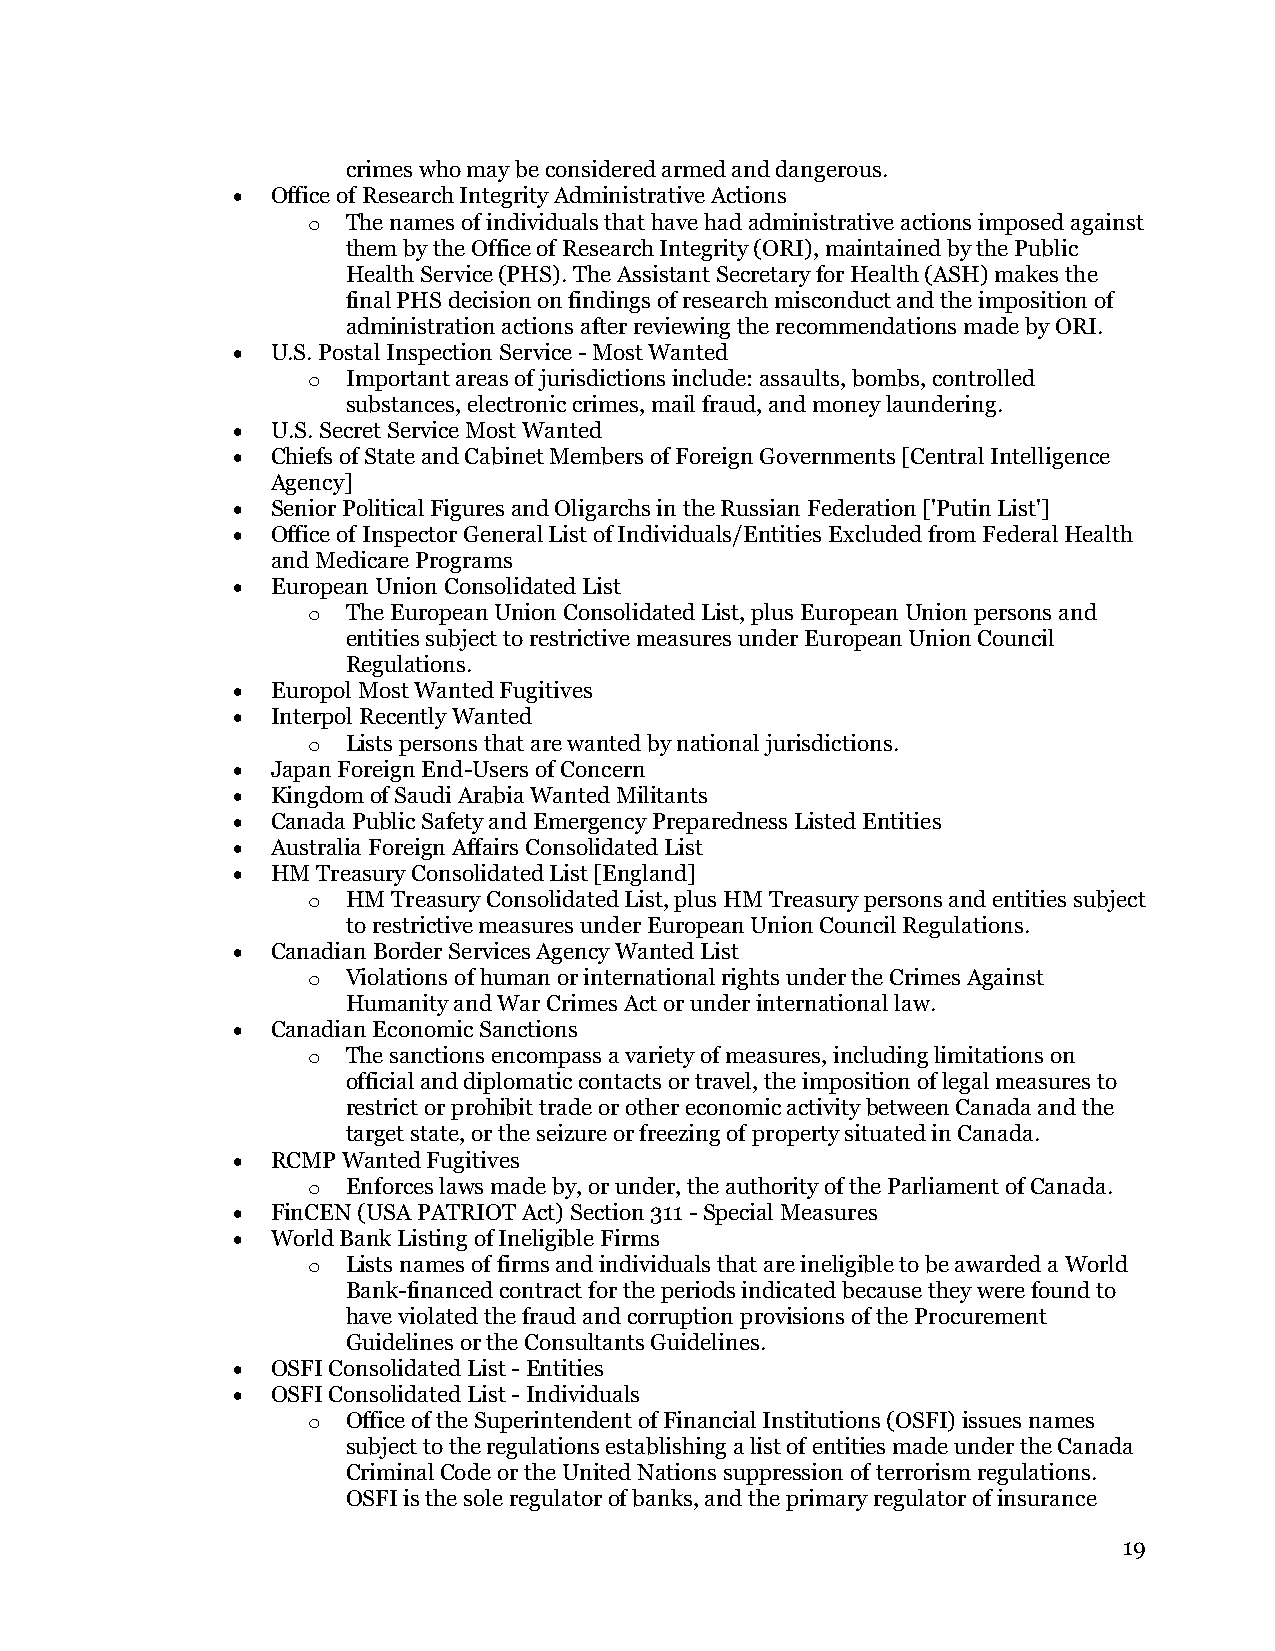
crimes who may be considered armed and dangerous.
 •  Office of Research Integrity Administrative Actions
 o  The names of individuals that have had administrative actions imposed against
 them by the Office of Research Integrity (ORI), maintained by the Public
 Health Service (PHS). The Assistant Secretary for Health (ASH) makes the
 final PHS decision on findings of research misconduct and the imposition of
 administration actions after reviewing the recommendations made by ORI.
 •  U.S. Postal Inspection Service - Most Wanted
 o  Important areas of jurisdictions include: assaults, bombs, controlled
 substances, electronic crimes, mail fraud, and money laundering.
 •  U.S. Secret Service Most Wanted
 •  Chiefs of State and Cabinet Members of Foreign Governments [Central Intelligence
 Agency]
 •  Senior Political Figures and Oligarchs in the Russian Federation ['Putin List']
 •  Office of Inspector General List of Individuals/Entities Excluded from Federal Health
 and Medicare Programs
 •  European Union Consolidated List
 o  The European Union Consolidated List, plus European Union persons and
 entities subject to restrictive measures under European Union Council
 Regulations.
 •  Europol Most Wanted Fugitives
 •  Interpol Recently Wanted
 o  Lists persons that are wanted by national jurisdictions.
 •  Japan Foreign End-Users of Concern
 •  Kingdom of Saudi Arabia Wanted Militants
 •  Canada Public Safety and Emergency Preparedness Listed Entities
 •  Australia Foreign Affairs Consolidated List
 •  HM Treasury Consolidated List [England]
 o  HM Treasury Consolidated List, plus HM Treasury persons and entities subject
 to restrictive measures under European Union Council Regulations.
 •  Canadian Border Services Agency Wanted List
 o  Violations of human or international rights under the Crimes Against
 Humanity and War Crimes Act or under international law.
 •  Canadian Economic Sanctions
 o  The sanctions encompass a variety of measures, including limitations on
 official and diplomatic contacts or travel, the imposition of legal measures to
 restrict or prohibit trade or other economic activity between Canada and the
 target state, or the seizure or freezing of property situated in Canada.
 •  RCMP Wanted Fugitives
 o  Enforces laws made by, or under, the authority of the Parliament of Canada.
 •  FinCEN (USA PATRIOT Act) Section 311 - Special Measures
 •  World Bank Listing of Ineligible Firms
 o  Lists names of firms and individuals that are ineligible to be awarded a World
 Bank-financed contract for the periods indicated because they were found to
 have violated the fraud and corruption provisions of the Procurement
 Guidelines or the Consultants Guidelines.
 •  OSFI Consolidated List - Entities
 •  OSFI Consolidated List - Individuals
 o  Office of the Superintendent of Financial Institutions (OSFI) issues names
 subject to the regulations establishing a list of entities made under the Canada
 Criminal Code or the United Nations suppression of terrorism regulations.
 OSFI is the sole regulator of banks, and the primary regulator of insurance
 19